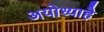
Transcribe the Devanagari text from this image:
अयोध्याहै